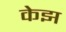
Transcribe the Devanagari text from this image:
केझ